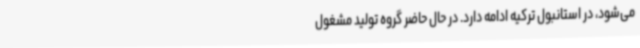
می‌شود، در استانبول ترکیه ادامه دارد. در حال حاضر گروه تولید مشغول